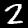
Label: 2